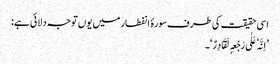
اسی حقیقت کی طرف سورۂ انفطار میں یوں توجہ دلائی ہے:
’اِنَّہٗ عَلٰی رَجْعِہٖ لَقَادِرٌ‘۔